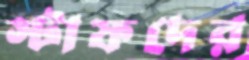
স্টাফদের